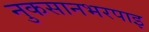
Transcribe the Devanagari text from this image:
नुकसानभरपाइ